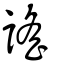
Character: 䚻